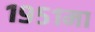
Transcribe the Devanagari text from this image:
१९५१मा